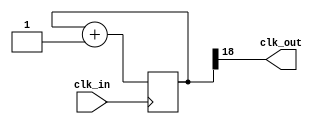
`timescale 1ns / 1ps
//////////////////////////////////////////////////////////////////////////////////
// Company: 
// Engineer: 
// 
// Design Name: 
// Module Name: clk_div
// Project Name: 
// Target Devices: 
// Tool Versions: 
// Description: 
// 
// Dependencies: 
// 
// Revision:
// Revision 0.01 - File Created
// Additional Comments:
// 
//////////////////////////////////////////////////////////////////////////////////


module clk_div
#(
        parameter divide_by = 19)
        (
        input clk_in,
        output clk_out);
        
        
        reg[divide_by -1 :0] count = 0;
        
        always@(posedge clk_in)
        begin
            count = count +1;
        end
        assign clk_out = count[divide_by-1];
        
         
        
endmodule